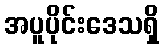
အပူပိုင်းဒေသရှိ